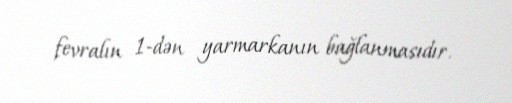
fevralın 1-dən yarmarkanın bağlanmasıdır.